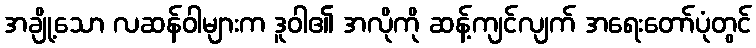
အချို့သော လဆန်ဝါများက ဒူဝါ၏ အလိုကို ဆန့်ကျင်လျက် အရေးတော်ပုံတွင်